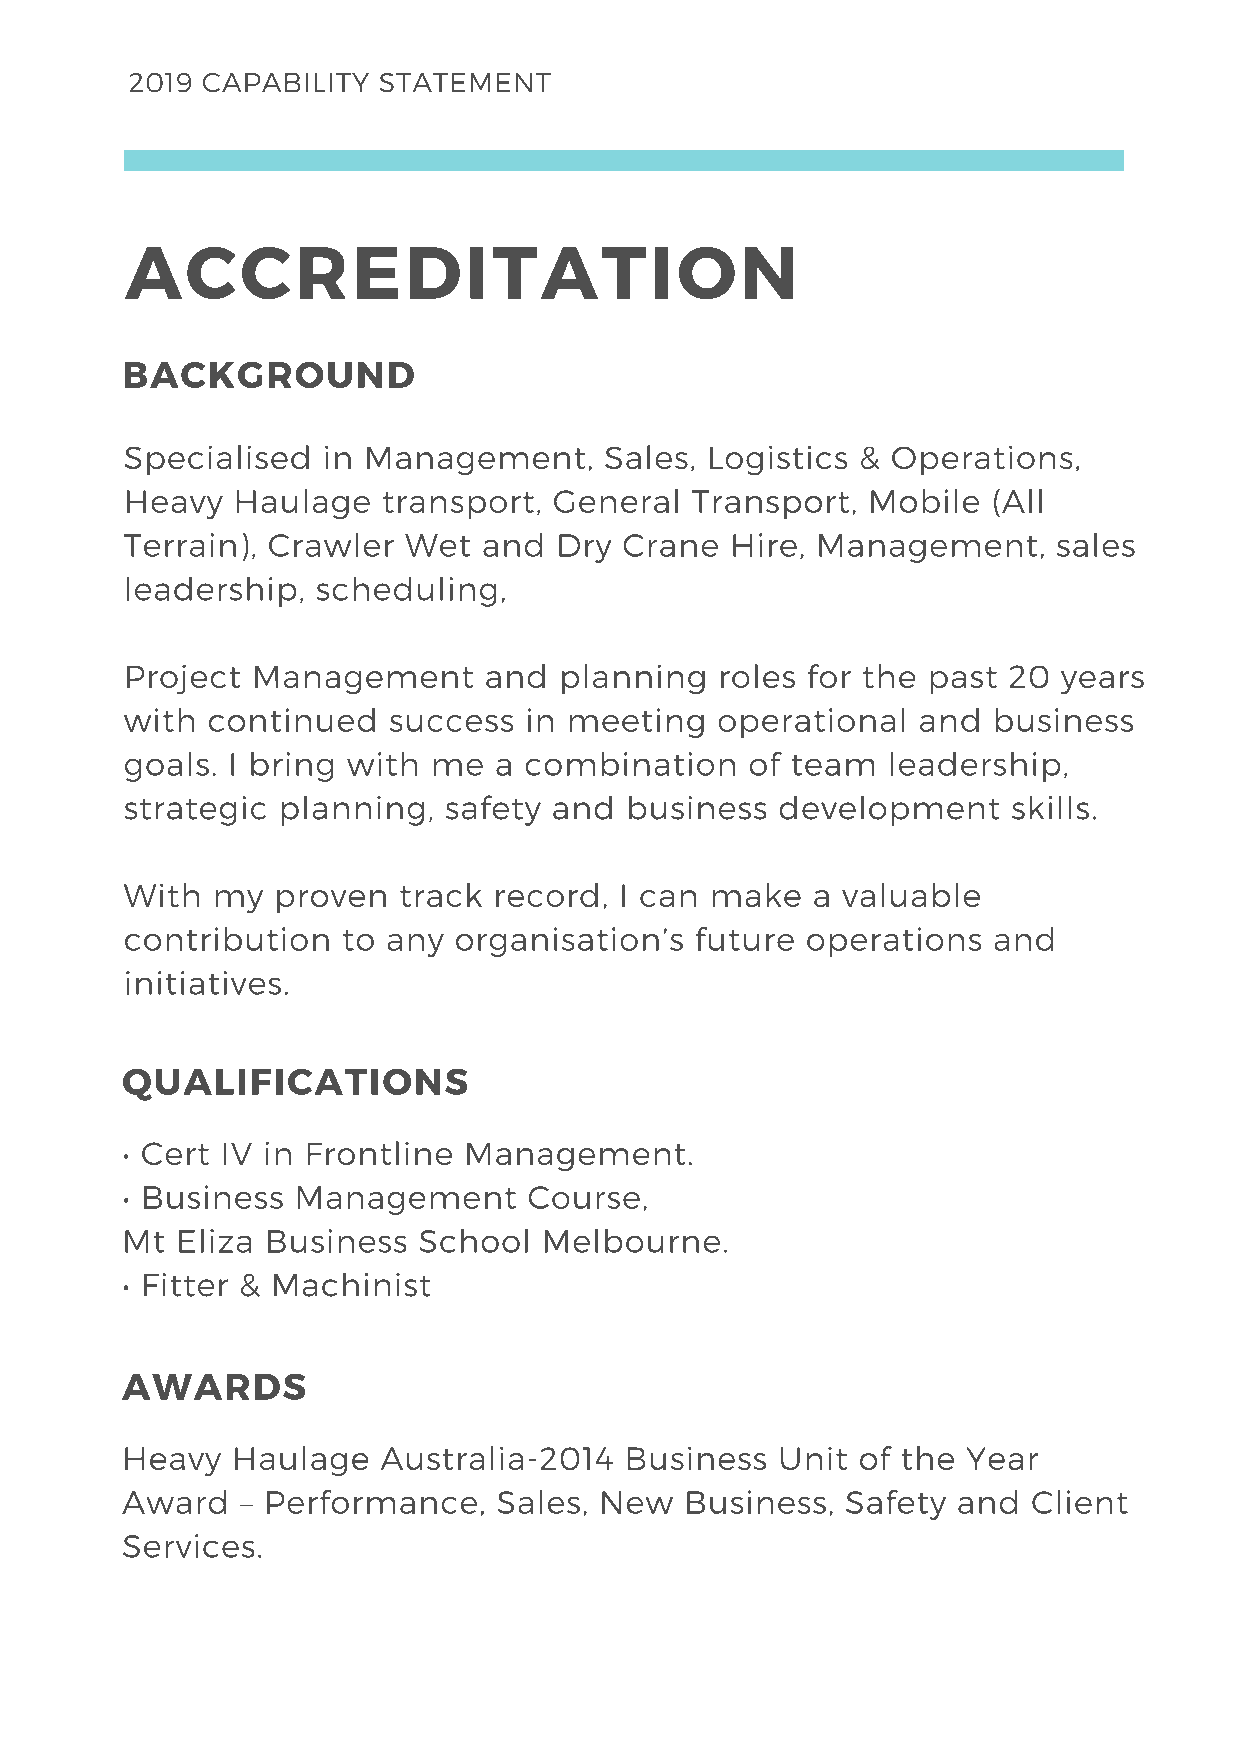
2019 CAPABILITY  STATEMENT
 ACCREDITATION
 BACKGROUND
 Specialised  in Management,     Sales, Logistics & Operations,
 Heavy  Haulage   transport,  General  Transport, Mobile   (All
 Terrain), Crawler  Wet  and  Dry Crane  Hire, Management,     sales
 leadership,  scheduling,
 Project  Management     and  planning   roles for the past 20 years
 with  continued   success  in meeting  operational   and  business
 goals. I bring with me   a combination    of team  leadership,
 strategic planning,  safety and  business  development     skills.
 With  my  proven  track  record, I can make   a valuable
 contribution   to any organisation’s  future operations   and
 initiatives.
 QUALIFICATIONS
 • Cert IV in Frontline Management.
 • Business Management      Course,
 Mt  Eliza Business  School  Melbourne.
 • Fitter & Machinist
 AWARDS
 Heavy  Haulage   Australia-2014  Business  Unit  of the Year
 Award   – Performance,   Sales, New  Business,  Safety and  Client
 Services.